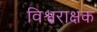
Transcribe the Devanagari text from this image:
विश्वराक्षक